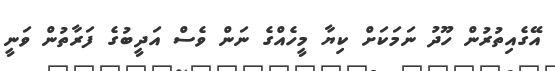
އޭގެއިތުރުން ހޫދު ނަމަކަށް ކިޔާ މީހެއްގެ ނަން ވެސް އަދީބުގެ ފަރާތުން ވަނީ